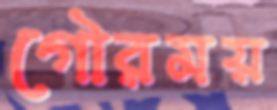
গৌরময়